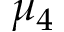
\mu _ { 4 }